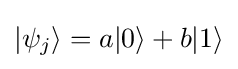
|\psi _{j}\rangle =a|0\rangle +b|1\rangle